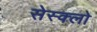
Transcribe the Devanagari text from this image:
सेस्क्लो